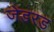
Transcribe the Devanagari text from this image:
जेंडरड